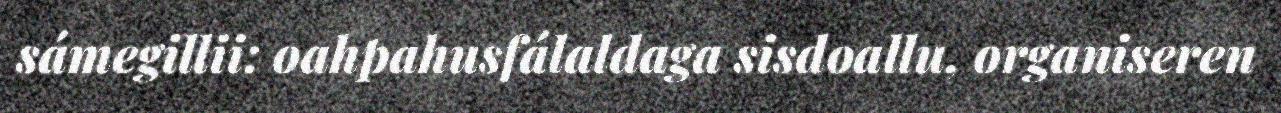
sámegillii: oahpahusfálaldaga sisdoallu, organiseren